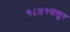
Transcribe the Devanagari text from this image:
१८७१पासून